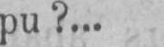
pu?...